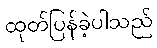
ထုတ်ပြန်ခဲ့ပါသည်